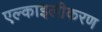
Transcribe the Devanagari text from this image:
एल्काइलीकरण